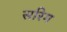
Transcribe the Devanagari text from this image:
सरिग